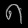
Digit: ၈